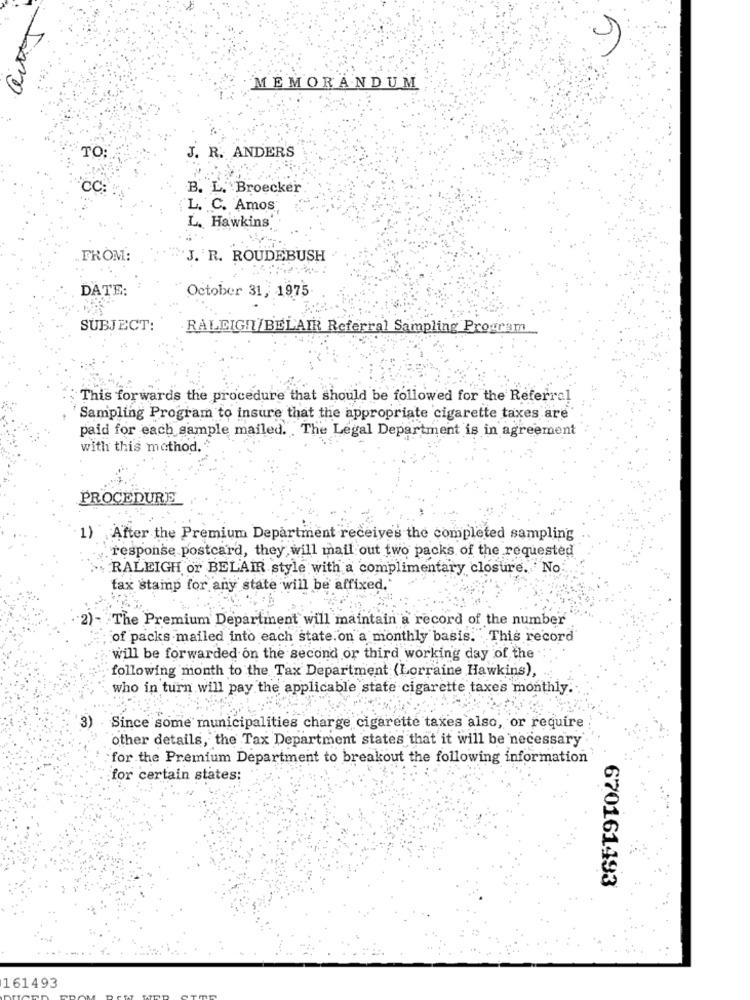
MEMORANDUM
TO:
J. R. ANDERS
CC:
B. L. Broecker
L. C. Amos
L. Hawkins
FROM:
"J. R. ROUDEBUSH
DATE:
October 31, 1975
SUBJECT:
RALEIGH/BELAIR Referral Sampling Program
This forwards the procedure that should be followed for the Referral
Sampling Program to insure that the appropriate cigarette taxes are
paid for each sample mailed. The Legal Department is in agreement
with this method.
PROCEDURE
1) After the Premium Department receives the completed sampling
response postcard, they will mail out two packs of the requested
RALEIGH or BELAIR style with a complimentary closure. No
fax stamp for any state will be affixed.'
"2)-
The Premium Department will maintain a record of the number
of packs mailed into each state.on a monthly basis. This record
will be forwarded on the second or third working day of the
following month to the Tax Department (Lorraine Hawkins),
who in turn will pay the applicable state cigarette taxes monthly.
3)
Since some municipalities charge cigarette taxes also, or require
other details, the Tax Department states that it will be necessary
for the Premium Department to breakout the following information
for certain states;
670161493
161493